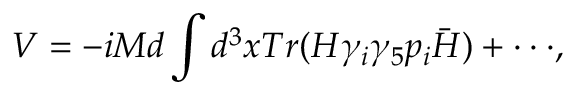
V = - i M d \int d ^ { 3 } x T r ( H \gamma _ { i } \gamma _ { 5 } p _ { i } \bar { H } ) + \cdot \cdot \cdot ,